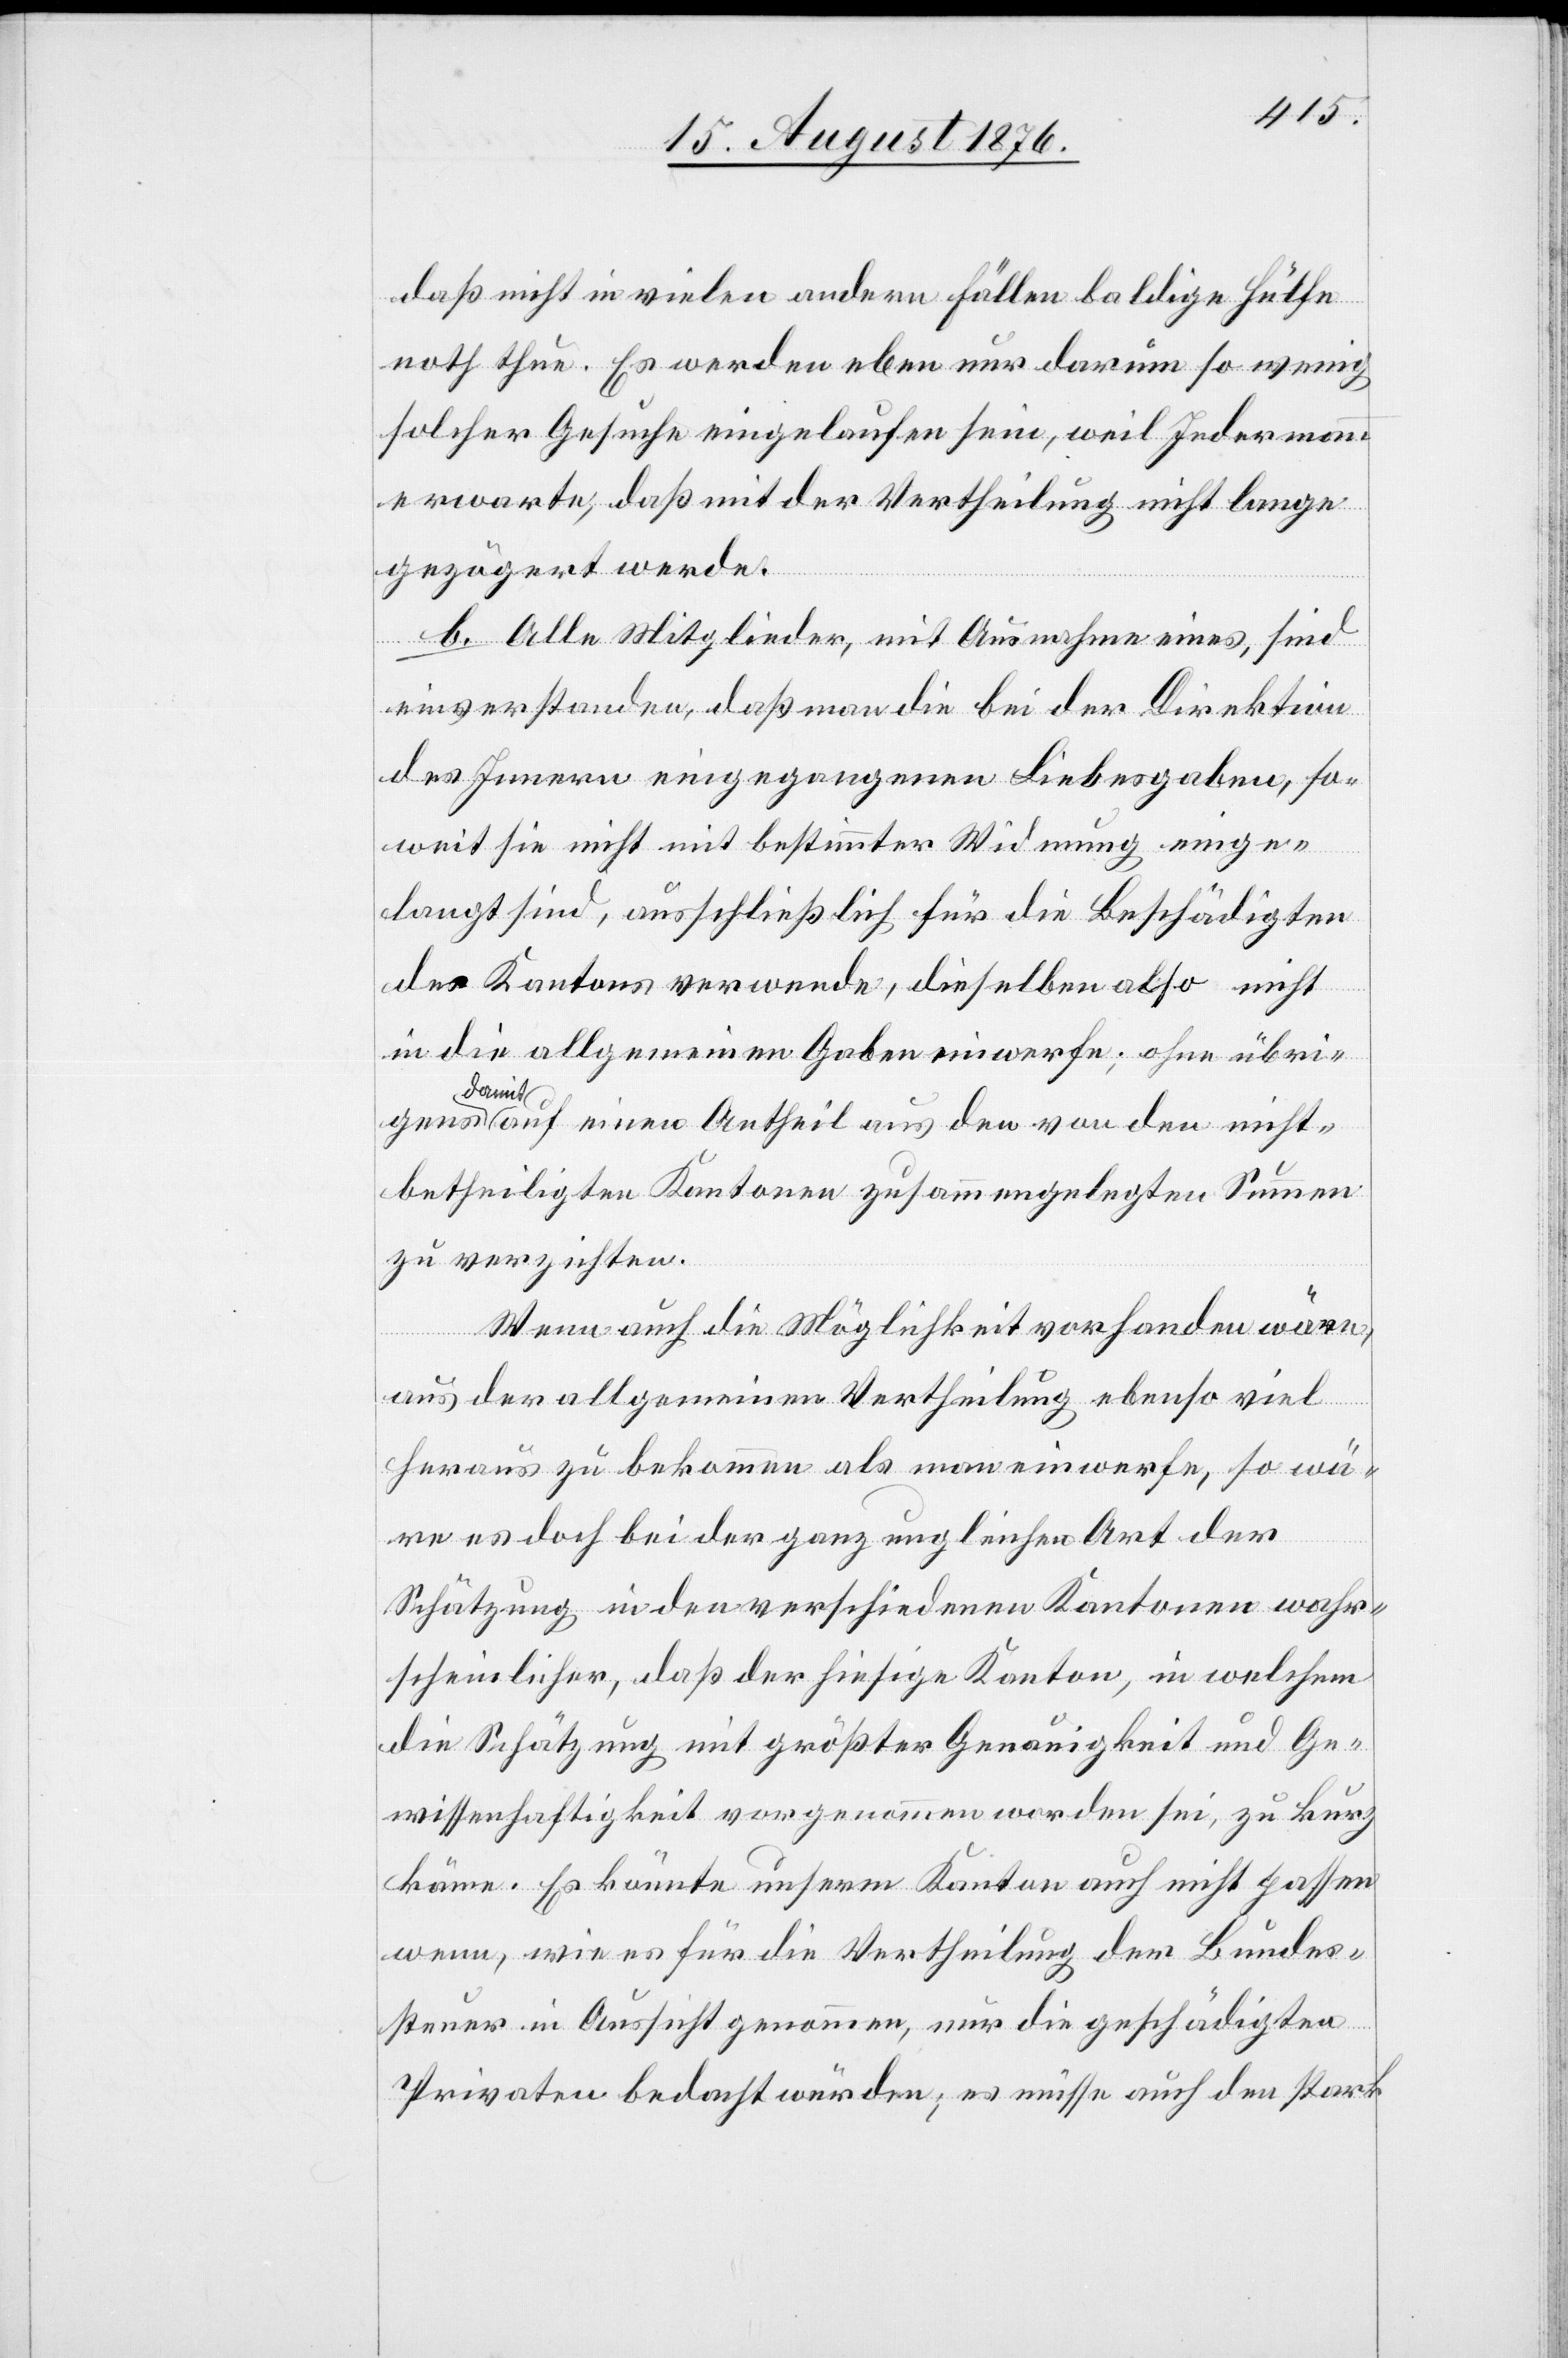
daß nicht in vielen andern Fällen baldige Hülfe
noth thue. Es werden eben nur darum so wenig
solcher Gesuche eingelaufen sein, weil Jedermann
erwarte, daß mit der Vertheilung nicht lange
gezögert werde.
b. Alle Mitglieder, mit Ausnahme eines, sind
einverstanden, daß man die bei der Direktion
des Innern eingegangenen Liebesgaben, so¬
weit sie nicht mit bestimmter Widmung einge¬
langt sind, ausschließlich für die Beschädigten
des Kantons verwende, dieselben also nicht
in die allgemeinen Gaben einwerfe; ohne übri¬
gens
auf einen Antheil aus den von den nicht¬
betheiligten Kantonen zusammengelegten Summen
zu verzichten.
Wenn auch die Möglichkeit vorhanden wären,
aus der allgemeinen Vertheilung ebenso viel
heraus zu bekommen als man einwerfe, so wä¬
re es doch bei der ganz ungleichen Art der
Schätzung in den verschiedenen Kantonen wahr¬
scheinlicher, daß der hiesige Kanton, in welchem
die Schätzung mit größter Genauigkeit und Ge¬
wissenhaftigkeit vorgenommen worden sei, zu kurz
käme. Es könnte unserm Kanton auch nicht passen
wenn, wie es für die Vertheilung der Bundes¬
steuer in Aussicht genommen, nur die geschädigten
Privaten bedacht würden; es müsse auch den stark